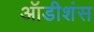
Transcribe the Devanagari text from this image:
ऑडीशंस